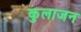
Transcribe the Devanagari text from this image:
कुलाजन